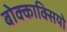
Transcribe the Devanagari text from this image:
बोक्काक्सियो